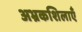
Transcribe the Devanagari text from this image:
अभ्रकशिलाएँ